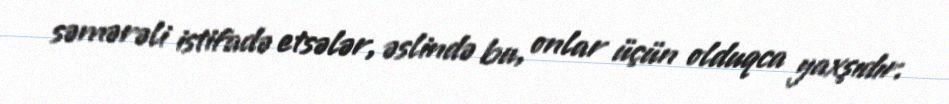
səmərəli istifadə etsələr, əslində bu, onlar üçün olduqca yaxşıdır.